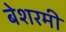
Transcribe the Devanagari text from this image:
बेशरमी